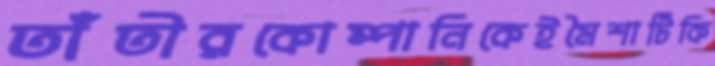
তাঁতীরকোম্পানিকেইমৈশাটিকি